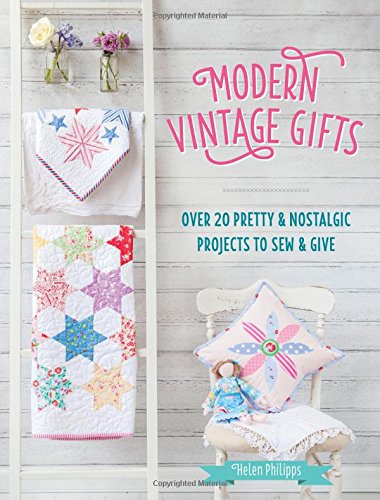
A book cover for Modern Vintage Gifts: Over 20 Pretty and Nostalgic Gifts to Sew and Give; Helen Philipps; Crafts, Hobbies & Home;